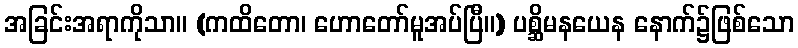
အခြင်းအရာကိုသာ။ (ကထိတော၊ ဟောတော်မူအပ်ပြီ။) ပစ္ဆိမနယေန နောက်၌ဖြစ်သော